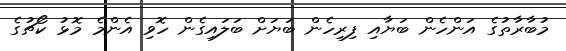
މުބާރާތުގެ އަންހެން ބަޔާއި ފިރިހެން ބަޔަށް ބަލައިގެން ހޮވި އެންމެ މޮޅު ކޯޗުގެ